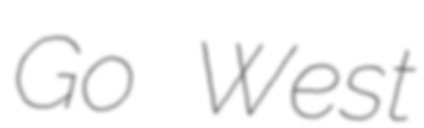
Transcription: Go West